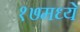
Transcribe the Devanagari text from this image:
१७मध्ये